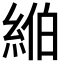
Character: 𦀪